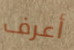
أعرف